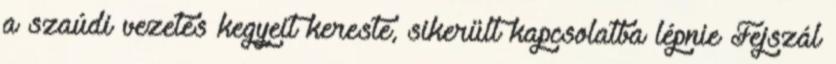
a szaúdi vezetés kegyeit kereste, sikerült kapcsolatba lépnie Fejszál